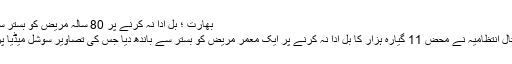
بھارت ؛ بل ادا نہ کرنے پر 80 سالہ مریض کو بستر سے باندھ دیا گیا
بھارت میں اسپتال انتظامیہ نے محض 11 گیارہ ہزار کا بل ادا نہ کرنے پر ایک معمر مریض کو بستر سے باندھ دیا جس کی تصاویر سوشل میڈیا پر وائرل ہوگئیں۔